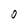
Character: O